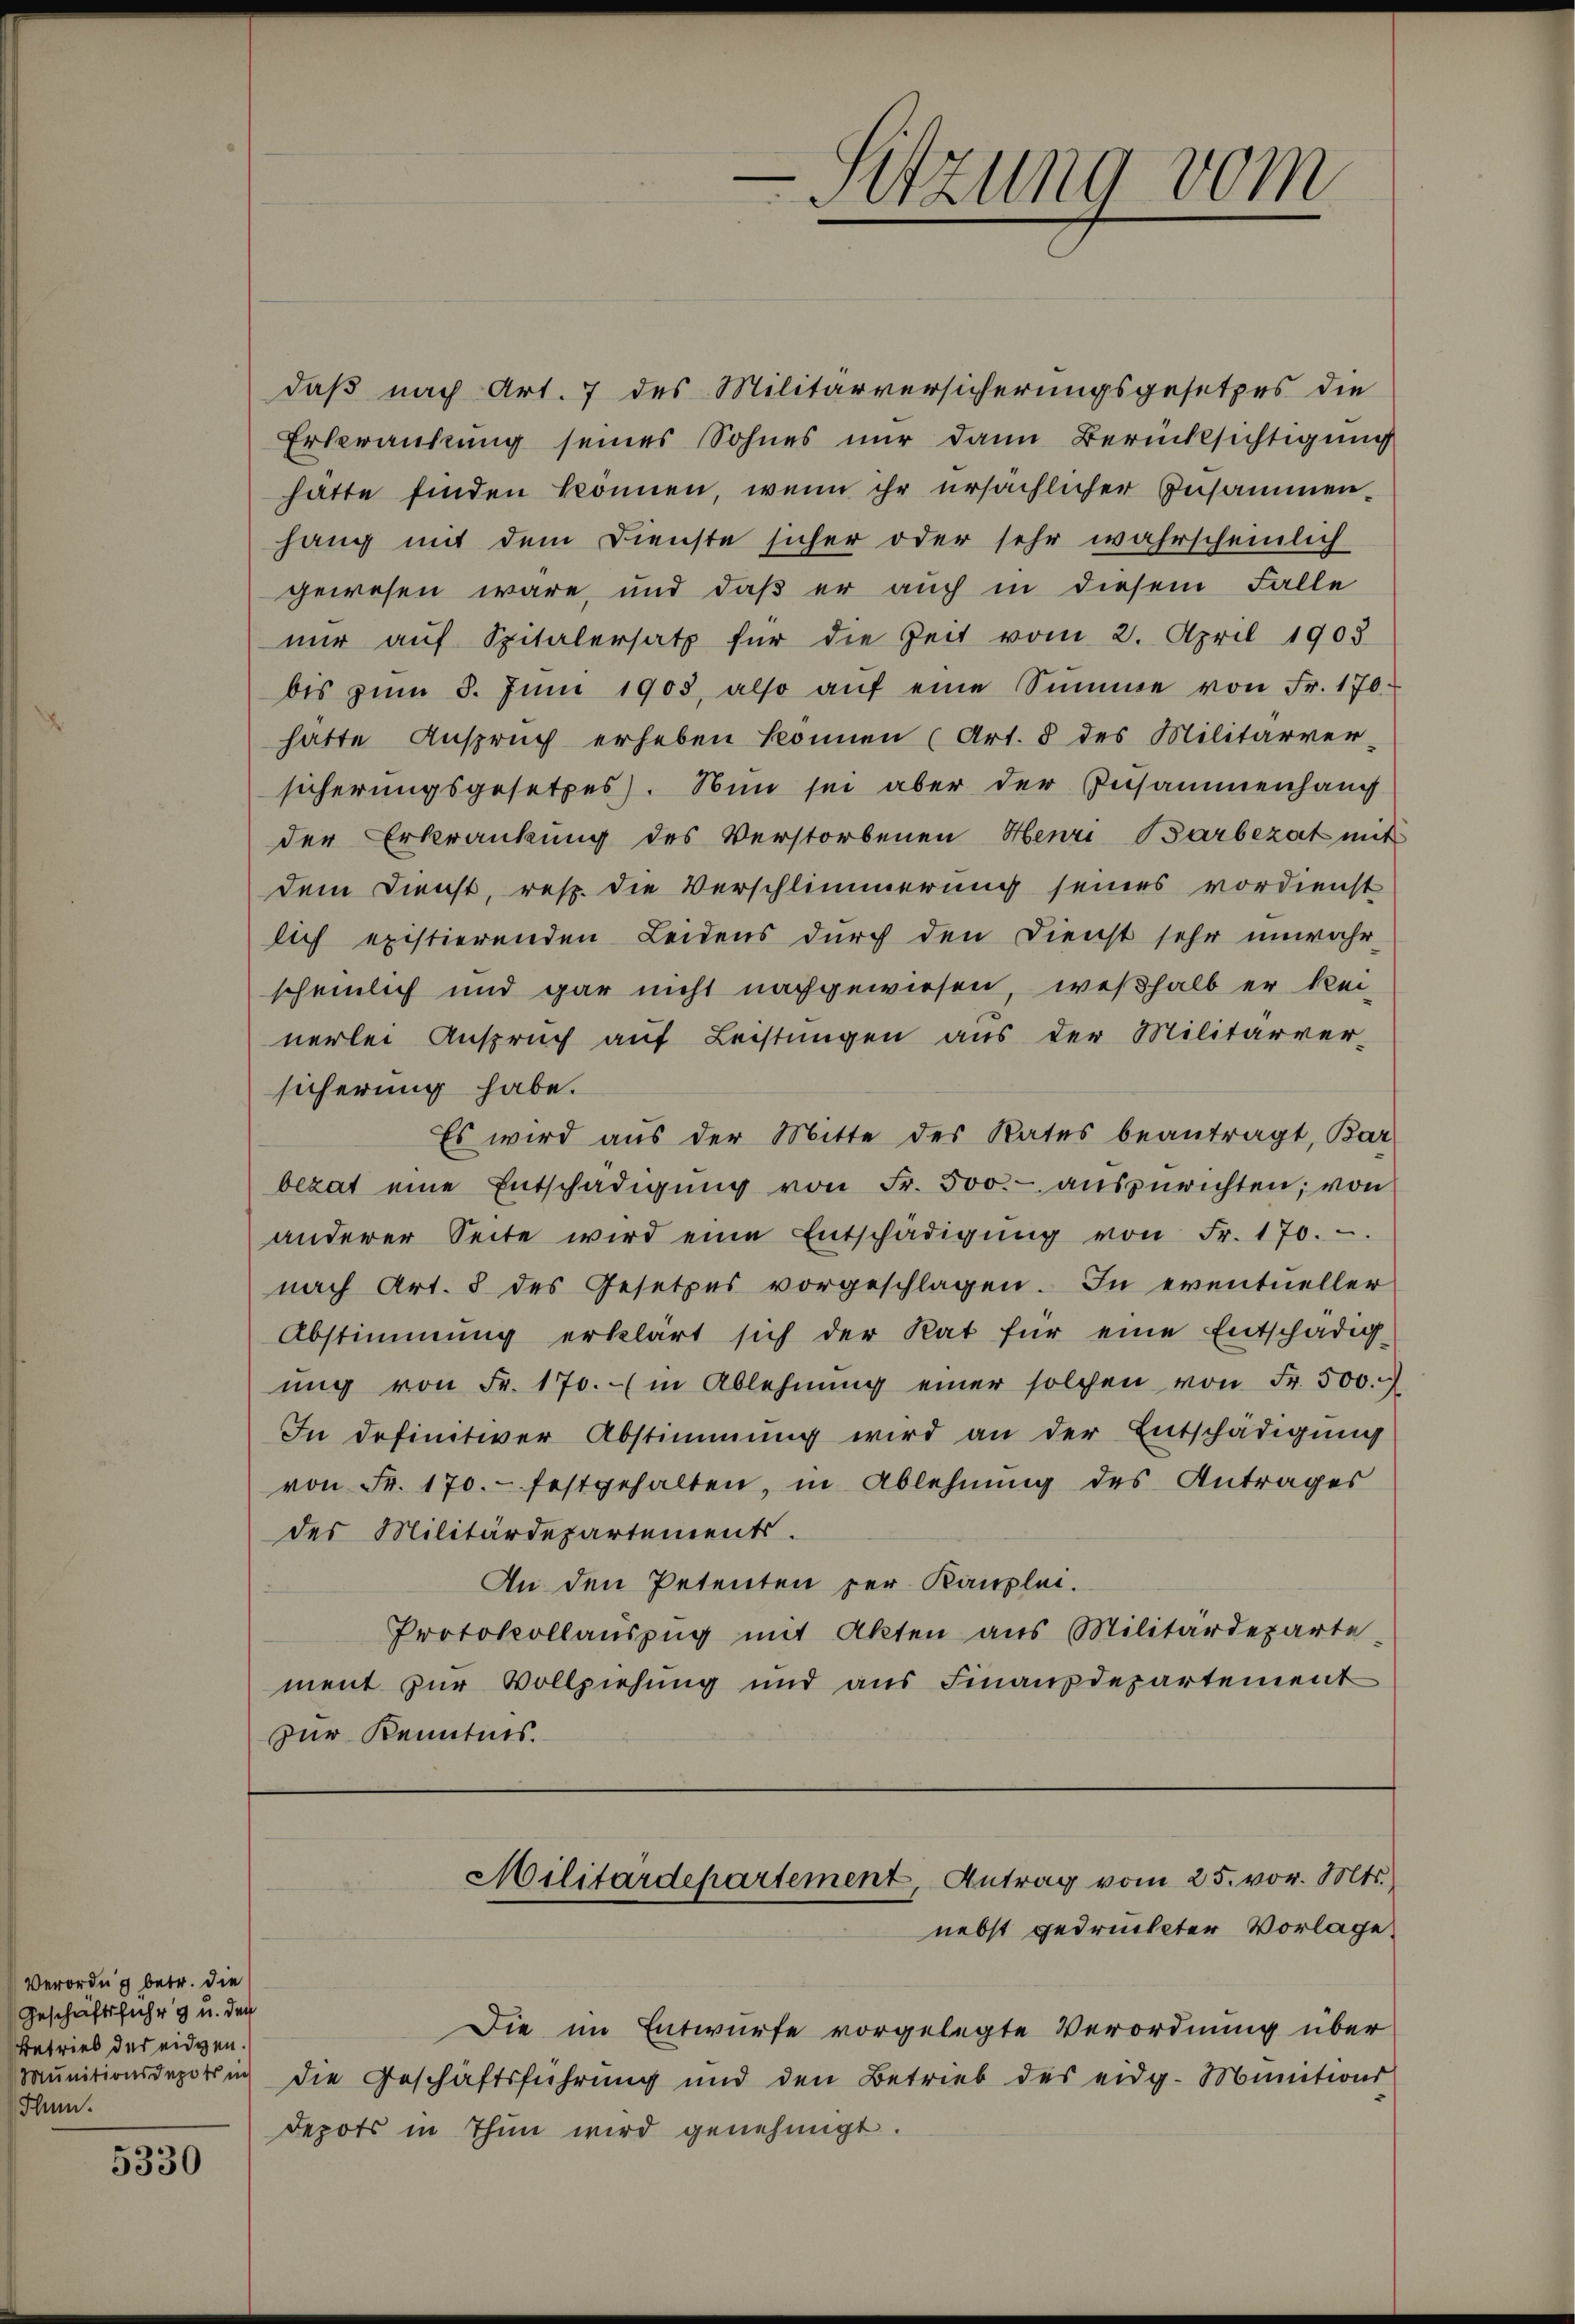
Verordng betr. die
Geschäftsführt u. den
Betrieb des eidgen.
Hum.

5330

daß nach Art. 7 des Militärversicherungsgesetzes die
Erkrankung seines Sohnes nur dann Berücksichtigung
hätte finden können, wenn ihr ersächlicher Zusammenhang mit dem Dienste sicher oder sehr wahrscheinlich
gewesen wäre, und daß er auch in diesem Falle
nŭr aŭf Spitalersatz für die Zeit vom 2. April 1905
bis zŭm 8. Jŭni 1905, also aŭf eine Summe von Fr. 170.
hätte Anspruch erheben können (Art. 8 des Militärver-
sicherungsgesetzes). Nun sei aber der Zusammenhang
der Erkrankung des Verstorbenen Henri Barbezat mit
dem Dienst, resp. die Verschlimmerung seines vordienst
lich existierenden Leidens durch den Dienst sehr unwahr-
scheinlich und gar nicht nachgewiesen, weßhalb er kei-
nerlei Anspruch auf Leistungen aus der Militärver-
sicherung habe.
Es wird aus der Mitte des Rates beantragt, Bar
bezat eine Entschädigŭng von Fr. 500.- auszurichten; von
anderer Seite wird eine Entschädigŭng von Fr. 170.
nach Art. 8 des Gesetzes vorgeschlagen. In eventueller
Abstimmung erklärt sich der Rat für eine Entschädig-
ŭng von Fr. 170. in Ablehnŭng einer solchen von Fr. 500.
In definitiver Abstimmung wird an der Entschädigung
von Fr. 170. festgehalten, in Ablehnung des Antrages
des Militärdepartements.
An den Petenten per Kanzlei.
Protokollauszug mit Akten aus Militärdeparte-
ment zur Vollziehung und aus Finanzdepartement
zur Kenntnis.

e
l
.
Sitzung vom

Die im Entwurfe vorgelegte Verordnung über
Munitionsdeporin die Geschäftsführung und den Betrieb des eidg. Munitions
depots in Thun wird genehmigt.

Militärdepartement, Antrag vom 25. vor. Mts.
nebst gedruckter Vorlage